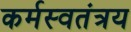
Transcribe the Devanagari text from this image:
कर्मस्वतंत्रय